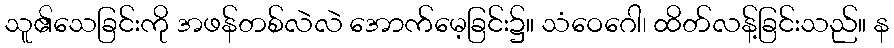
သူ၏သေခြင်းကို အဖန်တစ်လဲလဲ အောက်မေ့ခြင်း၌။ သံဝေဂေါ၊ ထိတ်လန့်ခြင်းသည်။ န